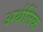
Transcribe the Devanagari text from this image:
अर्थलिंक